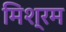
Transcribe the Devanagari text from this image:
मिश्रम